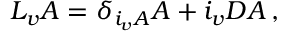
{ \cal L } _ { v } A = \delta _ { i _ { v } A } A + i _ { v } D A \, ,